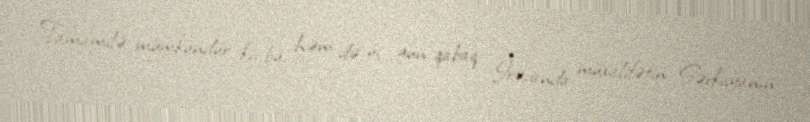
Tamamilə mümkündür ki, bu, həm də üç gün qabaq İrəvanda müxalifətin Sərkisyanın